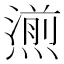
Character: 𤏄